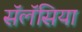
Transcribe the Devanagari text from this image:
सॅलॅसिया